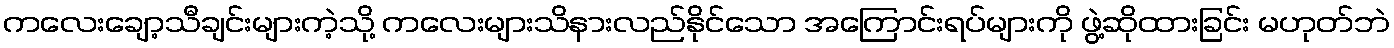
ကလေးချော့သီချင်းများကဲ့သို့ ကလေးများသိနားလည်နိုင်သော အကြောင်းရပ်များကို ဖွဲ့ဆိုထားခြင်း မဟုတ်ဘဲ